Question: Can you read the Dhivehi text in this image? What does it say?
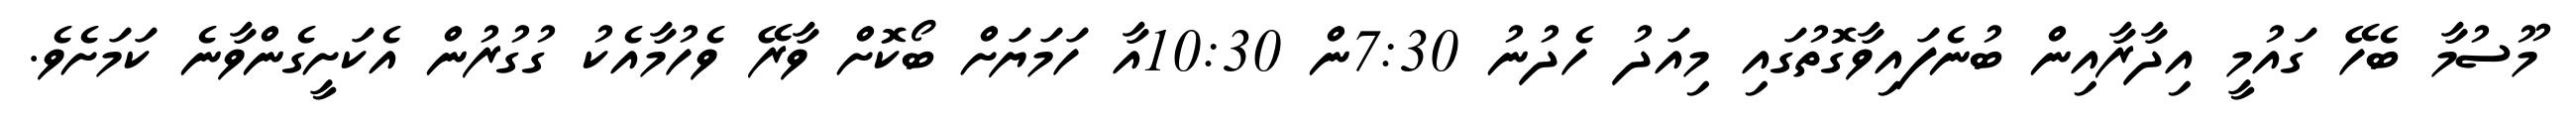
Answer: މޫސުމާ ބެހޭ ގައުމީ އިދާރާއިން ބުނެފައިވާގޮތުގައި މިއަދު ހެދުނު 7:30ން 10:30އާ ހަމަޔަށް ބޯކޮށް ވާރޭ ވެހުމާއެކު ގުގުރުން އެކަށީގެންވާނެ ކަމަށެވެ.